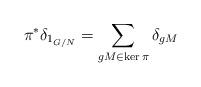
\begin{align*}\pi^*\delta_{1_{G/N}} =\sum_{gM\in\ker\pi}\delta_{gM}\end{align*}